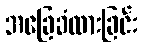
အခြေခံထားခြင်း